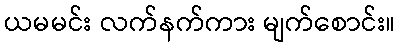
ယမမင်း လက်နက်ကား မျက်စောင်း။